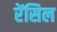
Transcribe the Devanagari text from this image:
रेंसिल